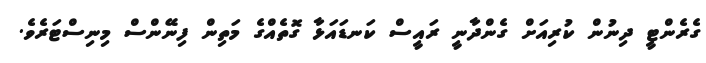
ގެރެންޓީ ދިނުން ކުރިއަށް ގެންދާނީ ރައީސް ކަނޑައަޅާ ގޮތެއްގެ މަތިން ފިނޭންސް މިނިސްޓަރެވެ.